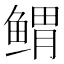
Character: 𱈃